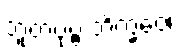
ဘူတပုဗ္ဗံ ဘိက္ခဝေ၊